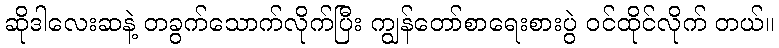
ဆိုဒါလေးဆနဲ့ တခွက်သောက်လိုက်ပြီး ကျွန်တော်စာရေးစားပွဲ ဝင်ထိုင်လိုက် တယ်။